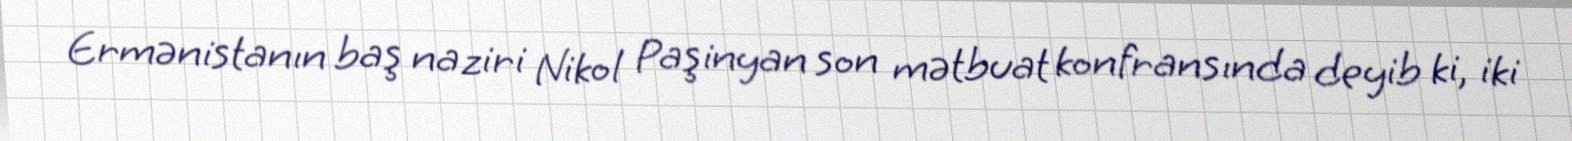
Ermənistanın baş naziri Nikol Paşinyan son mətbuat konfransında deyib ki, iki